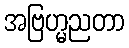
အဗြဟ္မညတာ